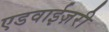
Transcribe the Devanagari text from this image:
एडवाईज़री